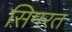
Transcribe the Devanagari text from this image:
सिमरत